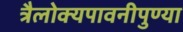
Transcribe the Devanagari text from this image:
त्रैलोक्यपावनीपुण्या